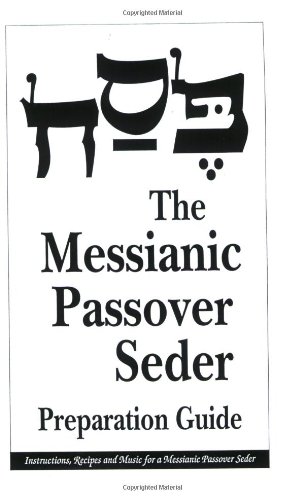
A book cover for The Messianic Passover Seder Preparation Guide; Barry Rubin; Christian Books & Bibles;